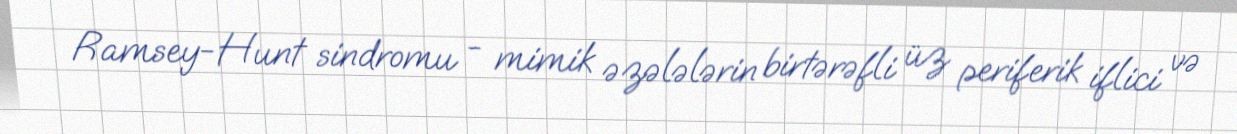
Ramsey-Hunt sindromu - mimik əzələlərin birtərəfli üz periferik iflici və